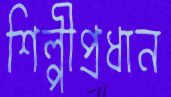
শিল্পীপ্রধান